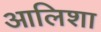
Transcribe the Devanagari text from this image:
आलिशा